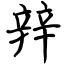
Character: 辡